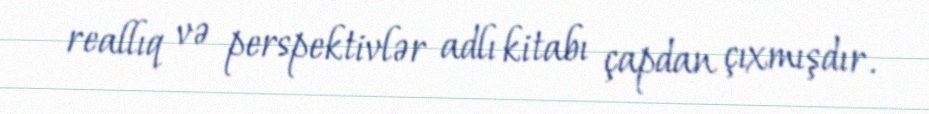
reallıq və perspektivlər adlı kitabı çapdan çıxmışdır.